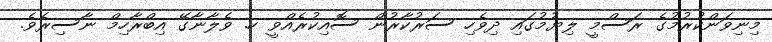
މިނިވަންކުރުމުގެ ރަސްމީ ލިޔުމުގައި ދިވެހި ސަރުކާރުން ސޮއިކުރެއްވީ ހ. ވެލާނާގޭ އިބްރާހިމް ނާސިރެވެ.